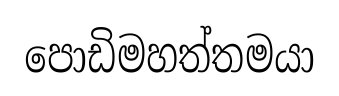
පොඩිමහත්තමයා